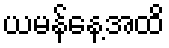
ယမန်နေ့အထိ